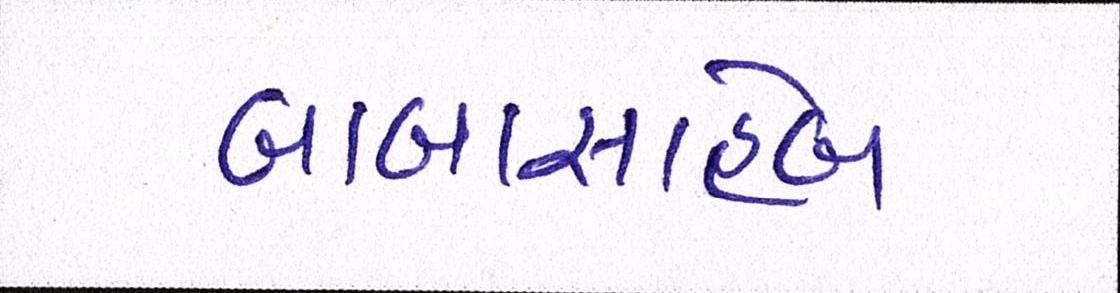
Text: બાબાસાહેબ